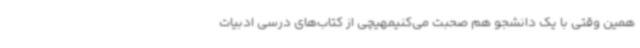
همین وقتی با یک دانشجو هم صحبت می‌کنیمهیچی از کتاب‌های درسی ادبیات